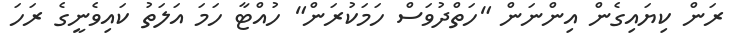
ރަން ކިޔައިގެން އިންނަން "ހަތްދުވަސް ހަމަކުރަން" ހުއްޓާ ހަމަ އަލަތު ކައިވެނީގެ ރަހަ